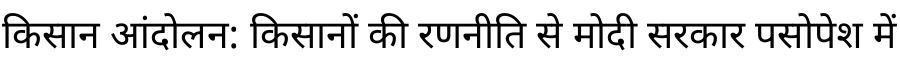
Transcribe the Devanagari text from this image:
किसान आंदोलन: किसानों की रणनीति से मोदी सरकार पसोपेश में